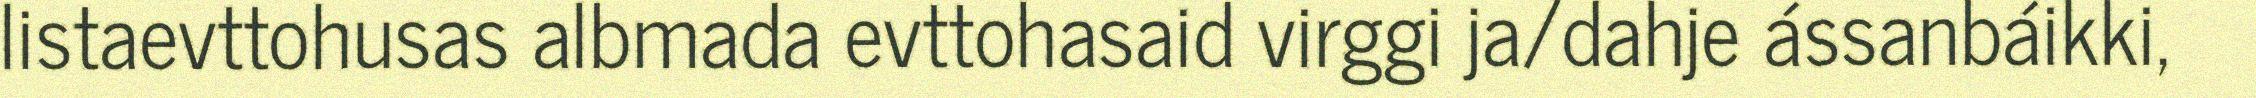
listaevttohusas albmada evttohasaid virggi ja/dahje ássanbáikki,